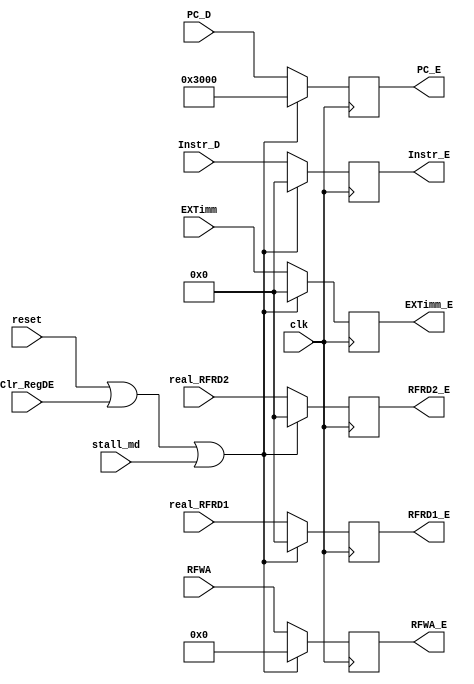
`timescale 1ns / 1ps
//////////////////////////////////////////////////////////////////////////////////
// Company: 
// Engineer: 
// 
// Design Name: 
// Module Name:    RegDE 
// Project Name: 
// Target Devices: 
// Tool versions: 
// Description: 
//
// Dependencies: 
//
// Revision: 
// Revision 0.01 - File Created
// Additional Comments: 
//
//////////////////////////////////////////////////////////////////////////////////
`default_nettype none
module RegDE(
	input wire clk,
	input wire reset,
	input wire Clr_RegDE,
	input wire stall_md,
	input wire [31:0] Instr_D,
	input wire [31:0] PC_D,
	input wire [4:0] RFWA,
	input wire [31:0] real_RFRD1,
	input wire [31:0] real_RFRD2,
	input wire [31:0] EXTimm,
	output reg [31:0] Instr_E,
	output reg [31:0] PC_E,
	output reg [4:0] RFWA_E,
	output reg [31:0] RFRD1_E,
	output reg [31:0] RFRD2_E,
	output reg [31:0] EXTimm_E
    );
	always @(posedge clk) begin
		if (reset || Clr_RegDE || stall_md) begin
			Instr_E <= 32'h00000000;
			PC_E <= 32'h00003000;
			RFWA_E <= 5'b00000;
			RFRD1_E <= 32'h00000000;
			RFRD2_E <= 32'h00000000;
			EXTimm_E <= 32'h00000000;
		end
		else begin
			Instr_E <= Instr_D;
			PC_E <= PC_D;
			RFWA_E <= RFWA;
			RFRD1_E <= real_RFRD1;
			RFRD2_E <= real_RFRD2;
			EXTimm_E <= EXTimm;
		end
	end

endmodule